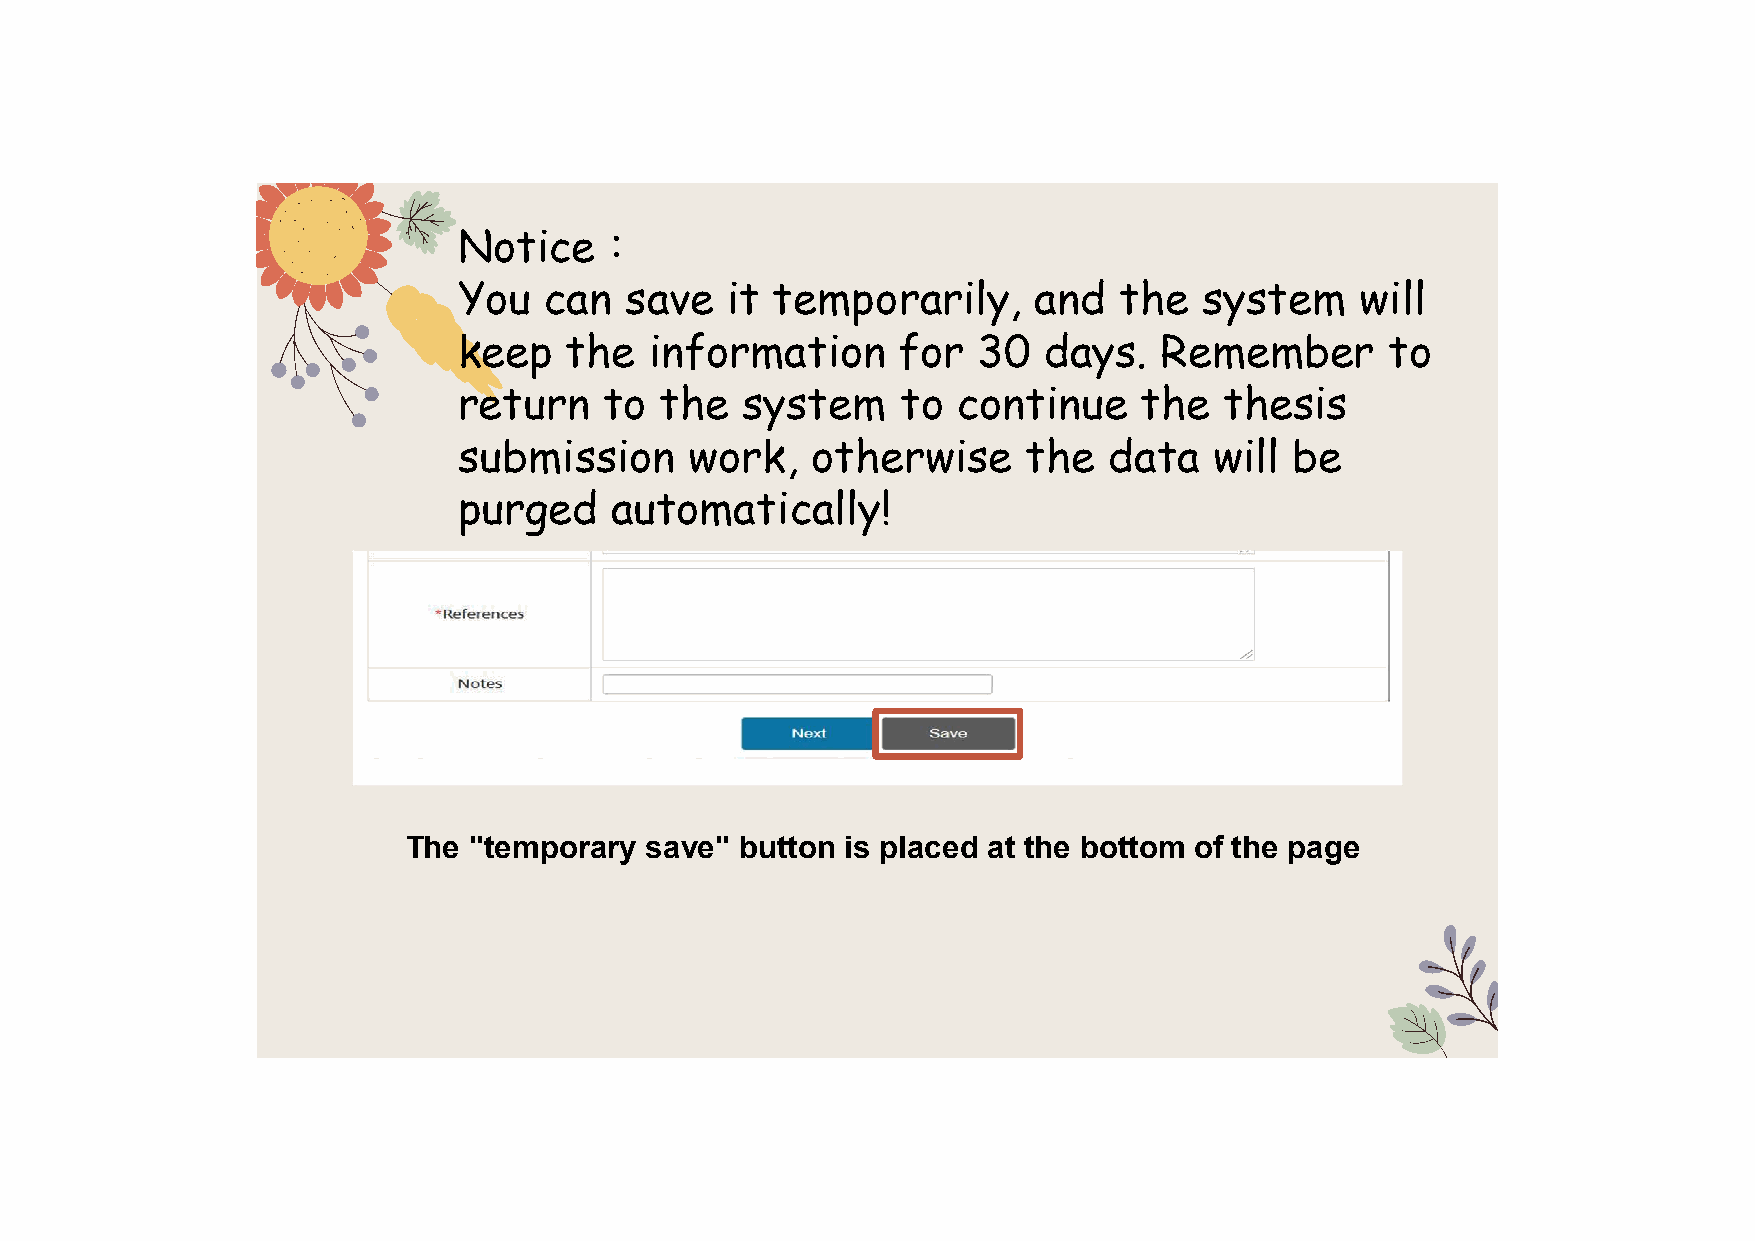
Notice：
 You   can  save   it temporarily,     and   the   system    will
 keep   the   information     for   30  days.   Remember       to
 return    to  the  system     to continue    the   thesis
 submission      work,   otherwise     the  data   will  be
 purged    automatically!
 The "temporary  save" button is placed at the bottom of the page